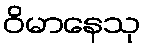
ဝိမာနေသု